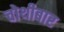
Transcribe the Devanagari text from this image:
चोथीबार